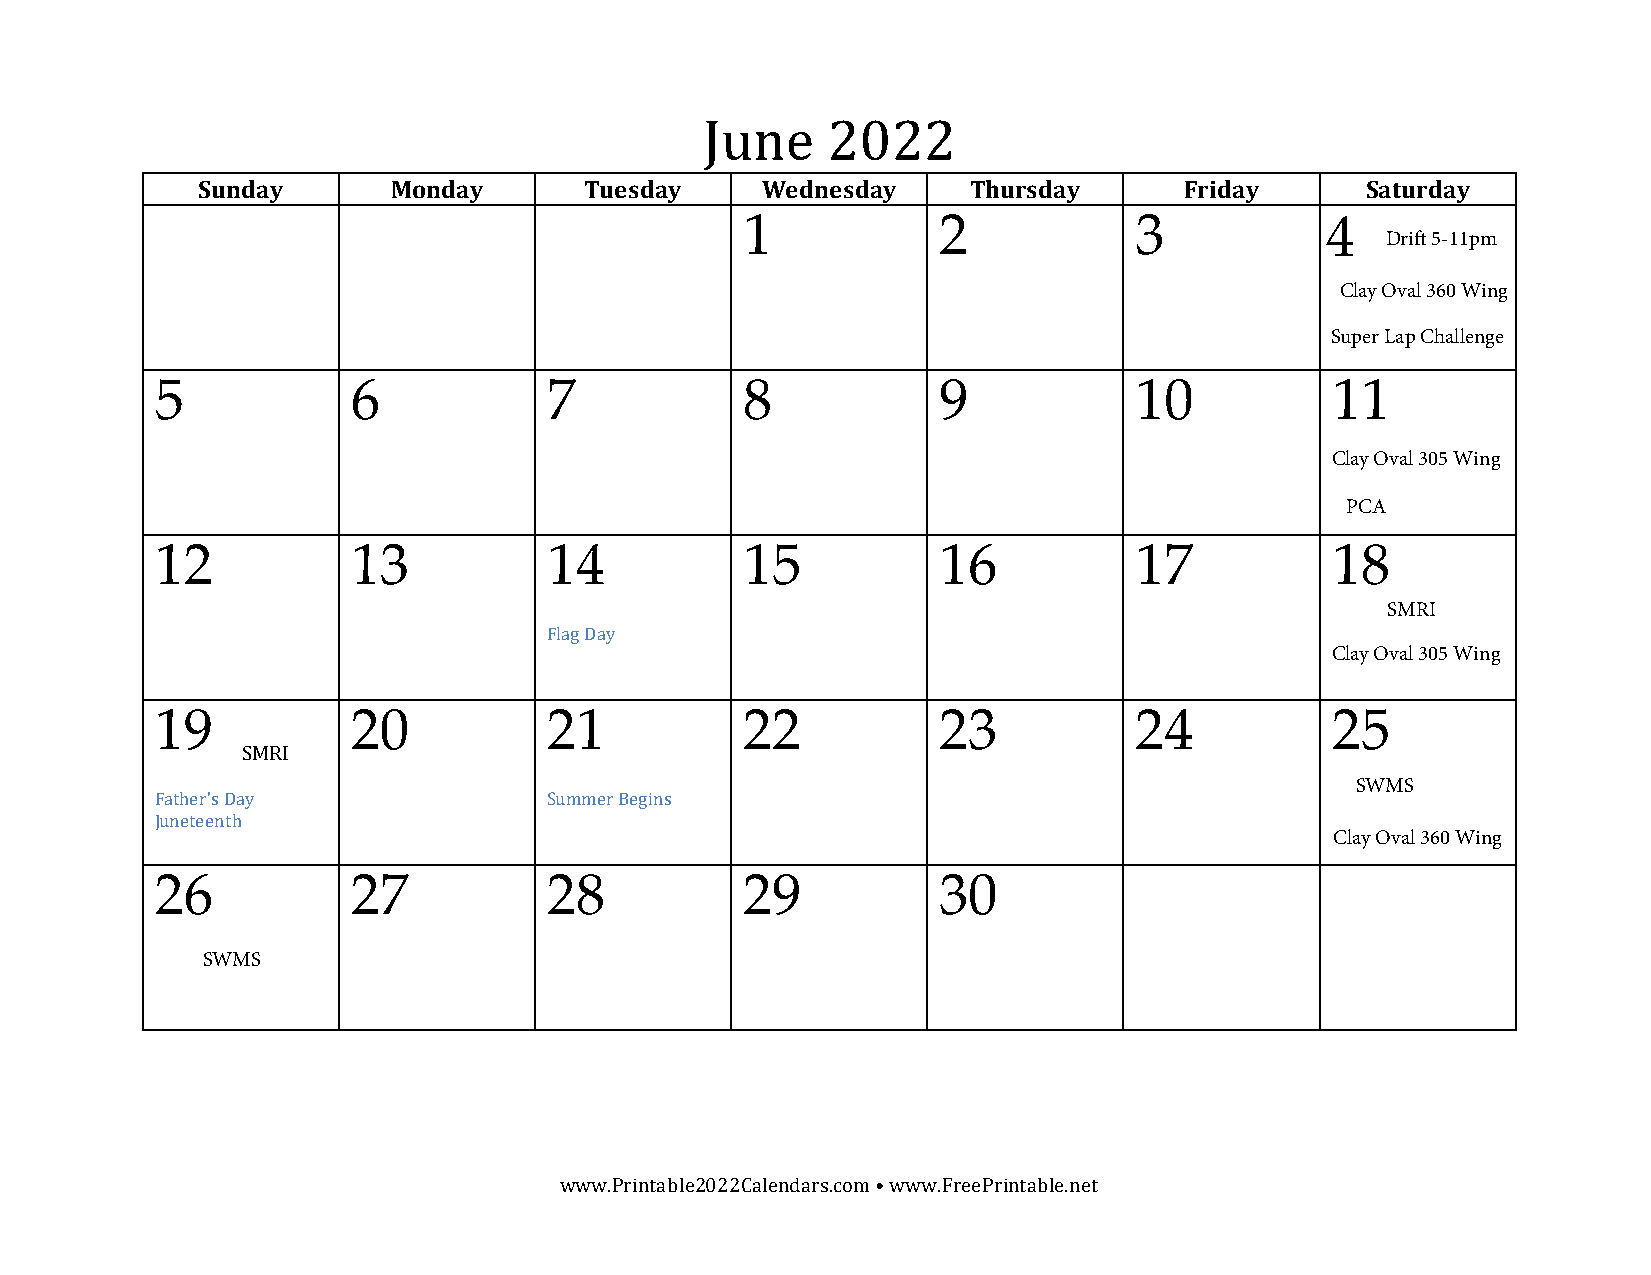
June    2022
 Sunday       Monday       Tuesday    Wednesday     Thursday      Friday      Saturday
 1            2            3            4
 Drift 5-11pm
 Clay Oval 360 Wing
 Super Lap Challenge
 5            6            7            8            9            10           11
 Clay Oval 305 Wing
 PCA
 12           13           14           15           16           17           18
 SMRI
 Flag Day
 Clay Oval 305 Wing
 19           20           21           22           23           24           25
 SWMS
 Father’s DaSyM RI         Summer Begins
 Juneteenth
 Clay Oval 360 Wing
 26           27           28           29           30
 SWMS
 www.Printable2022Calendars.com • www.FreePrintable.net